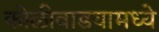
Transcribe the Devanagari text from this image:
कोळीवाडयामध्ये